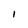
Character: I